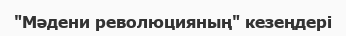
"Мәдени революцияның" кезеңдері